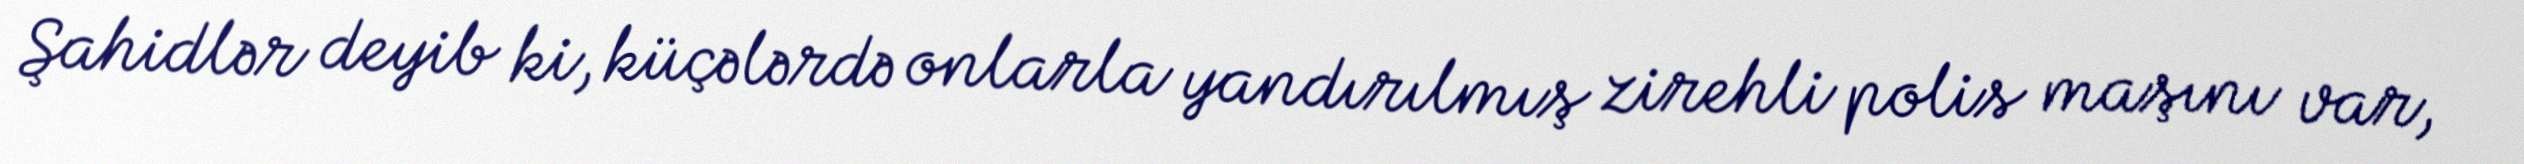
Şahidlər deyib ki, küçələrdə onlarla yandırılmış zirehli polis maşını var,